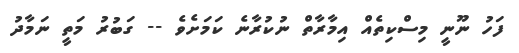
ފަހު ނޫނީ މިސްކިތެއް އިމާރާތް ނުކުރާނެ ކަމަށެވެ -- ގަބުރު މަތީ ނަމާދު